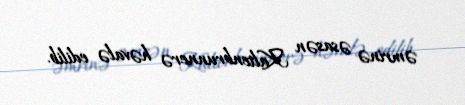
əmrinə əsasən Kaltenbrunnerə həvalə edilib.